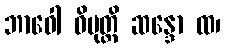
ဘာဝေါ ဓိမုတ္တိ ဆန္ဒော ထ၊